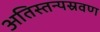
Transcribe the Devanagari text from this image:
अतिस्तन्यस्रवण